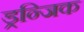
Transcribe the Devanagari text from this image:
ड्रन्जिक